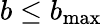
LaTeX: b\leq b_{\mathrm{max}}